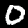
Digit: 0